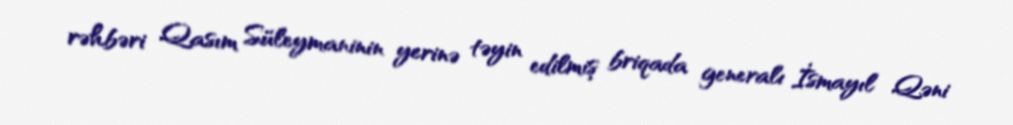
rəhbəri Qasım Süleymaninin yerinə təyin edilmiş briqada generalı İsmayıl Qəni